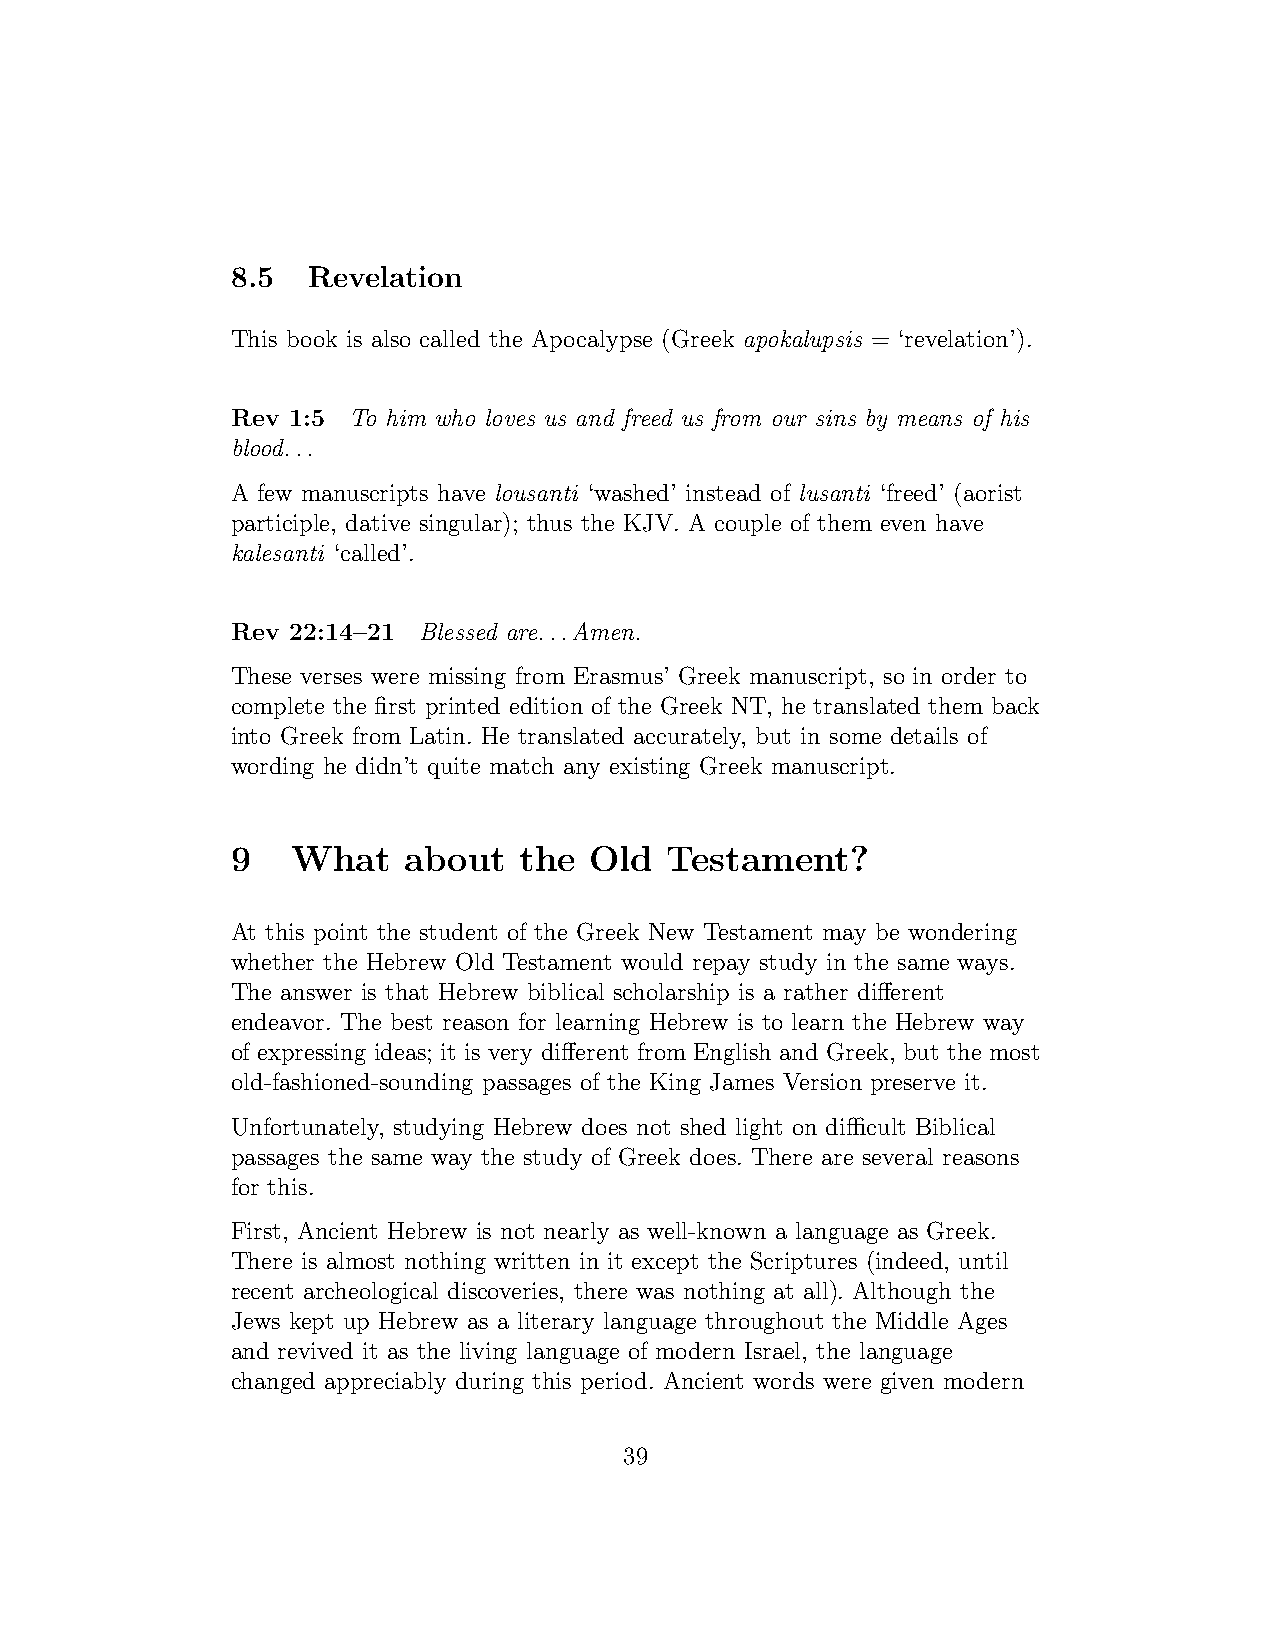
8.5  Revelation
 This book is also called the Apocalypse (Greek apokalupsis = ‘revelation’).
 Rev 1:5 To him who loves us and freed us from our sins by means of his
 blood...
 A few manuscripts have lousanti ‘washed’ instead of lusanti ‘freed’ (aorist
 participle, dative singular); thus the KJV. A couple of them even have
 kalesanti ‘called’.
 Rev 22:14–21 Blessed are...Amen.
 These verses were missing from Erasmus’ Greek manuscript, so in order to
 complete the first printed edition of the Greek NT, he translated them back
 into Greek from Latin. He translated accurately, but in some details of
 wording he didn’t quite match any existing Greek manuscript.
 9   What    about  the  Old  Testament?
 At this point the student of the Greek New Testament may be wondering
 whether the Hebrew Old Testament would repay study in the same ways.
 The answer is that Hebrew biblical scholarship is a rather different
 endeavor. The best reason for learning Hebrew is to learn the Hebrew way
 of expressing ideas; it is very different from English and Greek, but the most
 old-fashioned-sounding passages of the King James Version preserve it.
 Unfortunately, studying Hebrew does not shed light on difficult Biblical
 passages the same way the study of Greek does. There are several reasons
 for this.
 First, Ancient Hebrew is not nearly as well-known a language as Greek.
 There is almost nothing written in it except the Scriptures (indeed, until
 recent archeological discoveries, there was nothing at all). Although the
 Jews kept up Hebrew as a literary language throughout the Middle Ages
 and revived it as the living language of modern Israel, the language
 changed appreciably during this period. Ancient words were given modern
 39